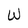
Character: W